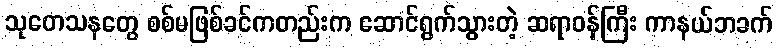
သုတေသနတွေ စစ်မဖြစ်ခင်ကတည်းက ဆောင်ရွက်သွားတဲ့ ဆရာဝန်ကြီး ကာနယ်ဘခက်